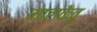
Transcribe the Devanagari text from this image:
मालकेतु